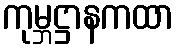
ကုမ္ဘဋ္ဌာနကထာ